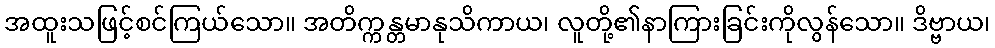
အထူးသဖြင့်စင်ကြယ်သော။ အတိက္ကန္တမာနုသိကာယ၊ လူတို့၏နာကြားခြင်းကိုလွန်သော။ ဒိဗ္ဗာယ၊